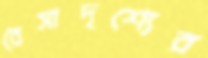
বৈসাদৃশ্যের